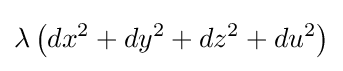
\lambda \left(dx^{2}+dy^{2}+dz^{2}+du^{2}\right)